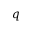
q